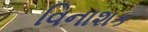
વિનાશક